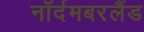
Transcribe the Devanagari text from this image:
नॉर्दमबरलैंड